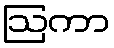
ဩကာ